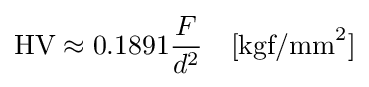
\mathrm {HV} \approx {0.1891}{\frac {F}{d^{2}}}\quad [{\textrm {kgf/mm}}^{2}]